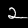
Digit: 2